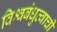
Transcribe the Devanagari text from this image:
विश्वबंधुत्वाची